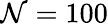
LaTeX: \mathcal{N}=100